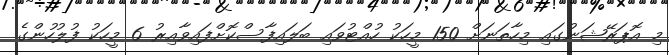
މި އޮޕަރޭޝަނުގައި މިހާތަނަށް 150 މީހަކު ހުއްޓުވައި ބަލައިފާސްކޮށްފައިވާއިރު 6 މީހަކު ފުލުހުންގެ